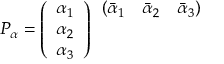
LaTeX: P _ { \alpha } = \left( \begin{array} { c } { { \alpha _ { 1 } } } \\ { { \alpha _ { 2 } } } \\ { { \alpha _ { 3 } } } \end{array} \right) \begin{array} { c c c } { { ( \bar { \alpha } _ { 1 } } } & { { \bar { \alpha } _ { 2 } } } & { { \bar { \alpha } _ { 3 } ) } } \\ { { } } & { { } } & { { } } \\ { { } } & { { } } & { { } } \end{array}